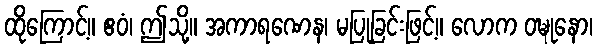
ထိုကြောင့်။ ဧဝံ၊ ဤသို့။ အကာရဏေန၊ မပြုခြင်းဖြင့်။ လောက ဝဍ္ဎုနော၊